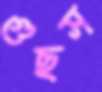
গুছস